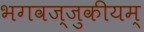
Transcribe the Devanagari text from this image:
भगवज्जुकीयम्‌